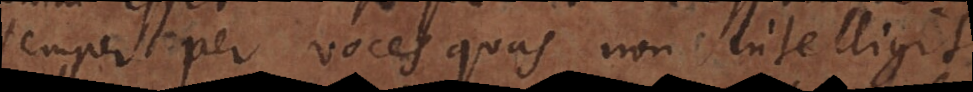
semper per voces quas non intelligit